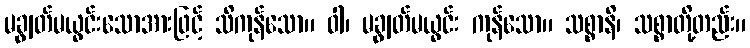
မချွတ်မယွင်းသောအားဖြင့် သိကုန်သော။ ဝါ၊ မချွတ်မယွင်း ကုန်သော။ သစ္စာနိ၊ သစ္စာတို့တည်း။